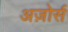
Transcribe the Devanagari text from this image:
अज़ोर्स